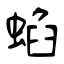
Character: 蜭